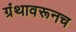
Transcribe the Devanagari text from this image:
ग्रंथावरूनच